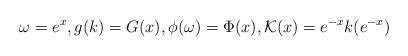
LaTeX: \begin{align*} \omega = e^x, g(k) = G(x), \phi(\omega) = \Phi(x), \mathcal{K}(x) = e^{-x} k(e^{-x})\end{align*}